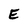
Character: E